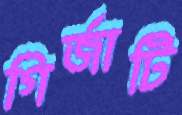
গির্জাটি